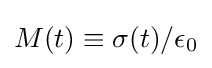
M(t)\equiv \sigma (t)/\epsilon _{0}